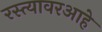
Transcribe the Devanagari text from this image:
रस्त्यावरआहे